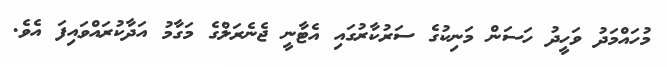
މުހައްމަދު ވަހީދު ހަސަން މަނިކުގެ ސަރުކާރުގައި އެޓާނީ ޖެނެރަލްގެ މަގާމު އަދާކުރައްވައިފަ އެވެ.